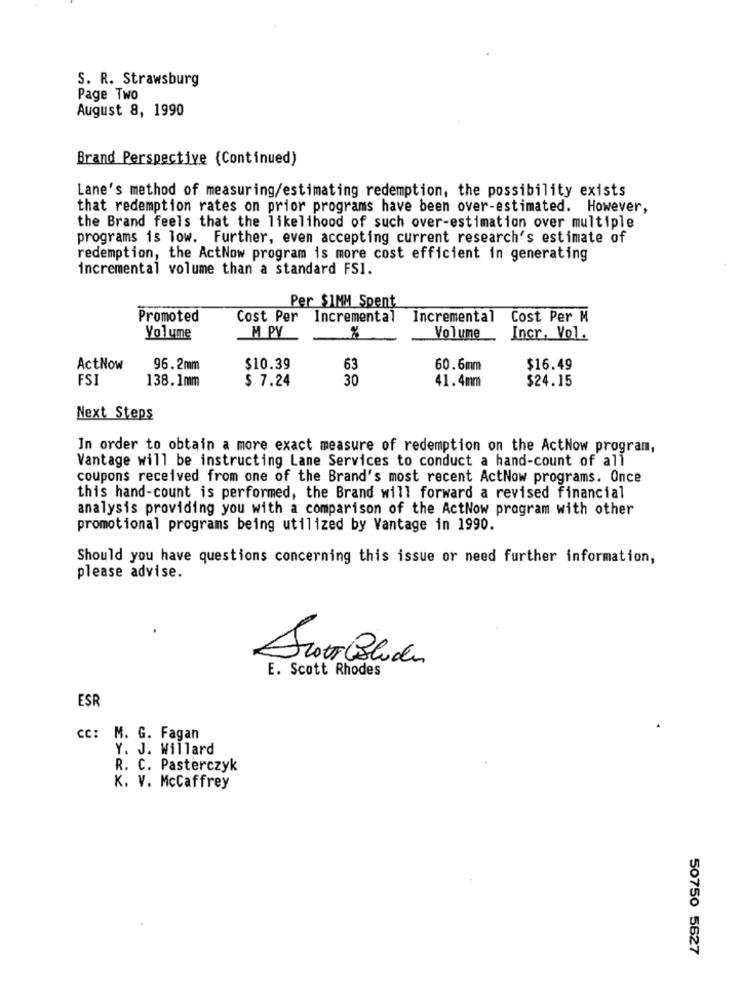
S. R. Strawsburg
Page Two
August 8, 1990
Brand Perspective (Continued)
Lane's method of measuring/estimating redemption, the possibility exists
that redemption rates on prior programs have been over-estimated. However,
the Brand feels that the likelihood of such over-estimation over multiple
programs is low. Further, even accepting current research's estimate of
redemption, the ActNow program is more cost efficient in generating
incremental volume than a standard FSI.
Per $1MM Spent
Promoted
Cost Per
Incremental
Incremental
Cost Per M
M PV
Volume
%
Volume
Incr. Vol.
ActNow
96.2mm
$10.39
63
60.6mm
$16.49
FS]
138.1mm
$ 7.24
30
41.4mm
$24.15
Next Steps
In order to obtain a more exact measure of redemption on the ActNow program,
Vantage will be instructing Lane Services to conduct a hand-count of all
coupons received from one of the Brand's most recent ActNow programs. Once
this hand-count is performed, the Brand will forward a revised financial
analysis providing you with a comparison of the ActNow program with other
promotional programs being utilized by Vantage in 1990.
Should you have questions concerning this issue or need further information,
please advise.
Scott Colider
E. Scott Rhodes
ESR
cc: M. G. Fagan
Y. J. Willard
R. C. Pasterczyk
K. V. McCaffrey
50750 5627